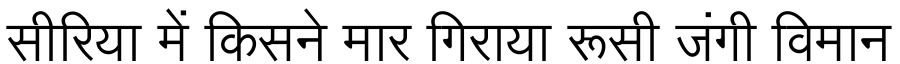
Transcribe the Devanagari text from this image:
सीरिया में किसने मार गिराया रूसी जंगी विमान